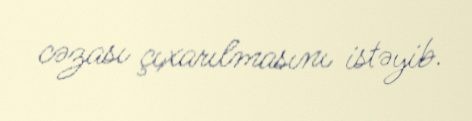
cəzası çıxarılmasını istəyib.